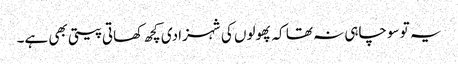
یہ تو سوچاہی نہ تھا کہ پھولوں کی شہزادی کچھ کھاتی پیتی بھی ہے۔